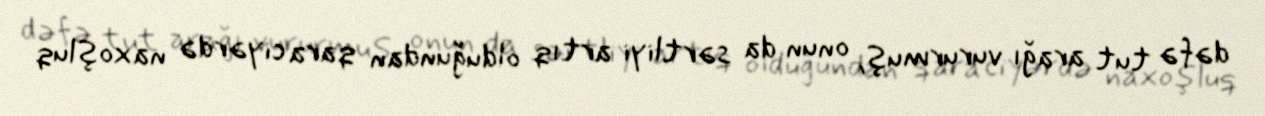
dəfə tut arağı vururmuş, onun da sərtliyi artıq olduğundan qara ciyərdə naxoşluq